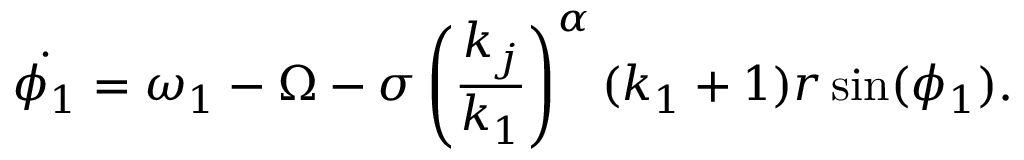
\dot { \phi _ { 1 } } = \omega _ { 1 } - \Omega - \sigma \left( \frac { k _ { j } } { k _ { 1 } } \right) ^ { \alpha } ( k _ { 1 } + 1 ) r \sin ( \phi _ { 1 } ) .